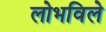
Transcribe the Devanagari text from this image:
लोभविले